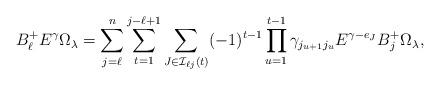
LaTeX: \begin{align*}B_\ell^+ E^\gamma\Omega_\lambda=\sum_{j=\ell}^n\sum_{t=1}^{j-\ell+1}\sum_{J\in\mathcal{I}_{\ell j}(t)}(-1)^{t-1}\prod_{u=1}^{t-1} \gamma_{j_{u+1}j_u}E^{\gamma - e_J}B_j^+\Omega_\lambda,\end{align*}